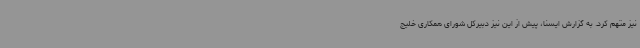
نیز متهم کرد. به گزارش ایسنا، پیش از این نیز دبیرکل شورای همکاری خلیج